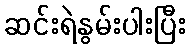
ဆင်းရဲနွမ်းပါးပြီး